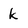
Character: k